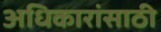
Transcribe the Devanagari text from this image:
अधिकारांसाठी